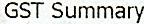
GST SUMMARY